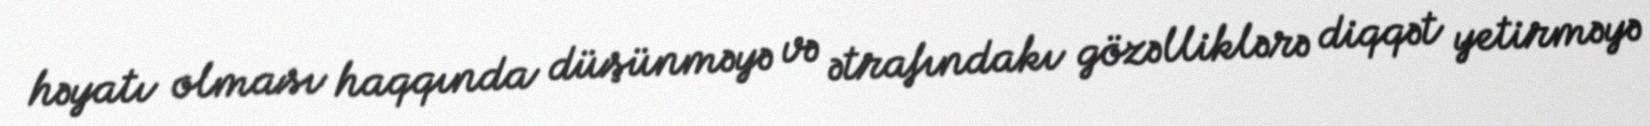
həyatı olması haqqında düşünməyə və ətrafındakı gözəlliklərə diqqət yetirməyə